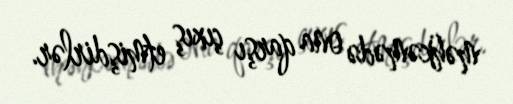
məhkəmədə ona qarşı çıxış etmişdirlər.